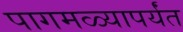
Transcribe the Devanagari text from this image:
पागमळ्यापर्यंत